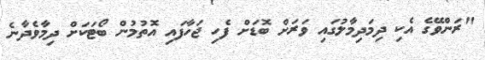
"ރަންވޭގެ އެކި ދިމަދިމާލުގައި ވަރަށް ބޮޑަށް ފެހި ޖަހާފައި އޮތުމުން ބޯޓަކަށް ދިމާވެދާނެ